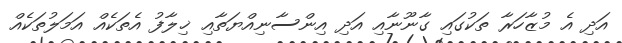
އަދި އެ މުޒާހަރާ ތަކުގައި ގާނޫނާއި އަދި އިންސާނިއްޔަތާއި ޚިލާފު އެތަކެއް އަމަލުތަކެއް